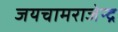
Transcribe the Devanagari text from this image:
जयचामराजेन्द्र